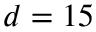
d = 1 5